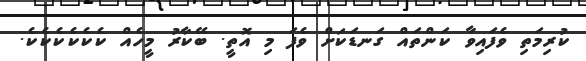
ކުރިމަތި ވެފައިވާ ކަންތައް ގަނޑަކަށް ވެފަ މި އޮތީ. ބޭކާރު މީހެއް ކެކެކެކެކެކެ.